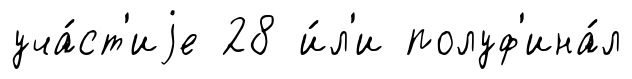
уча́ст'иjе 28 и́л'и полуф'ина́л